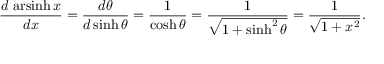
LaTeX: { \frac { d \, \operatorname { a r s i n h } x } { d x } } = { \frac { d \theta } { d \sinh \theta } } = { \frac { 1 } { \cosh \theta } } = { \frac { 1 } { \sqrt { 1 + \sinh ^ { 2 } \theta } } } = { \frac { 1 } { \sqrt { 1 + x ^ { 2 } } } } .